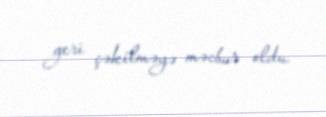
geri çəkilməyə məcbur oldu.